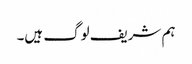
ہم شریف لوگ ہیں۔